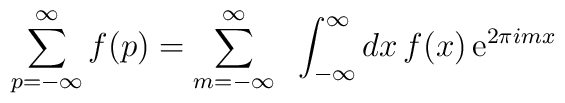
\sum_{p=-\infty}^\infty f(p) = \sum_{m=-\infty}^\infty \;\; \int_{-\infty}^\infty dx \, f(x) \, \mbox{e}^{2 \pi imx}